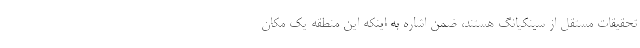
تحقیقات مستقل از سینکیانگ هستند، ضمن اشاره به اینکه این منطقه یک مکان